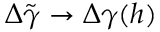
\Delta \tilde { \gamma } \to \Delta \gamma ( h )